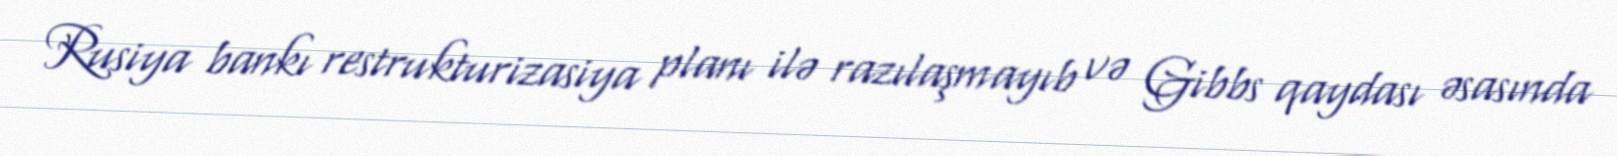
Rusiya bankı restrukturizasiya planı ilə razılaşmayıb və Gibbs qaydası əsasında